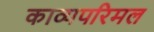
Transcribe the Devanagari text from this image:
काव्यपरिमल